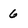
Character: 6